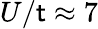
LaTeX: U/\mathsf{t}\approx7